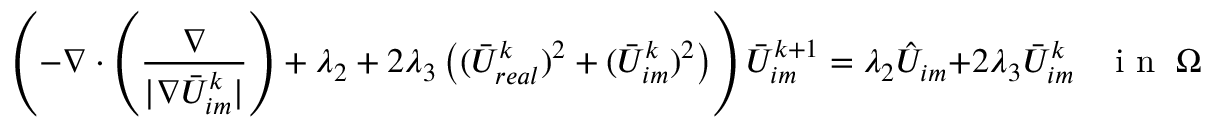
\left( - \nabla \cdot \left( \frac { \nabla } { | \nabla \bar { U } _ { i m } ^ { k } | } \right) + \lambda _ { 2 } + 2 \lambda _ { 3 } \left( ( \bar { U } _ { r e a l } ^ { k } ) ^ { 2 } + ( \bar { U } _ { i m } ^ { k } ) ^ { 2 } \right) \right) \bar { U } _ { i m } ^ { k + 1 } = \lambda _ { 2 } \hat { U } _ { i m } + 2 \lambda _ { 3 } \bar { U } _ { i m } ^ { k } \; \; \; \mathrm { ~ i ~ n ~ } \; \Omega .